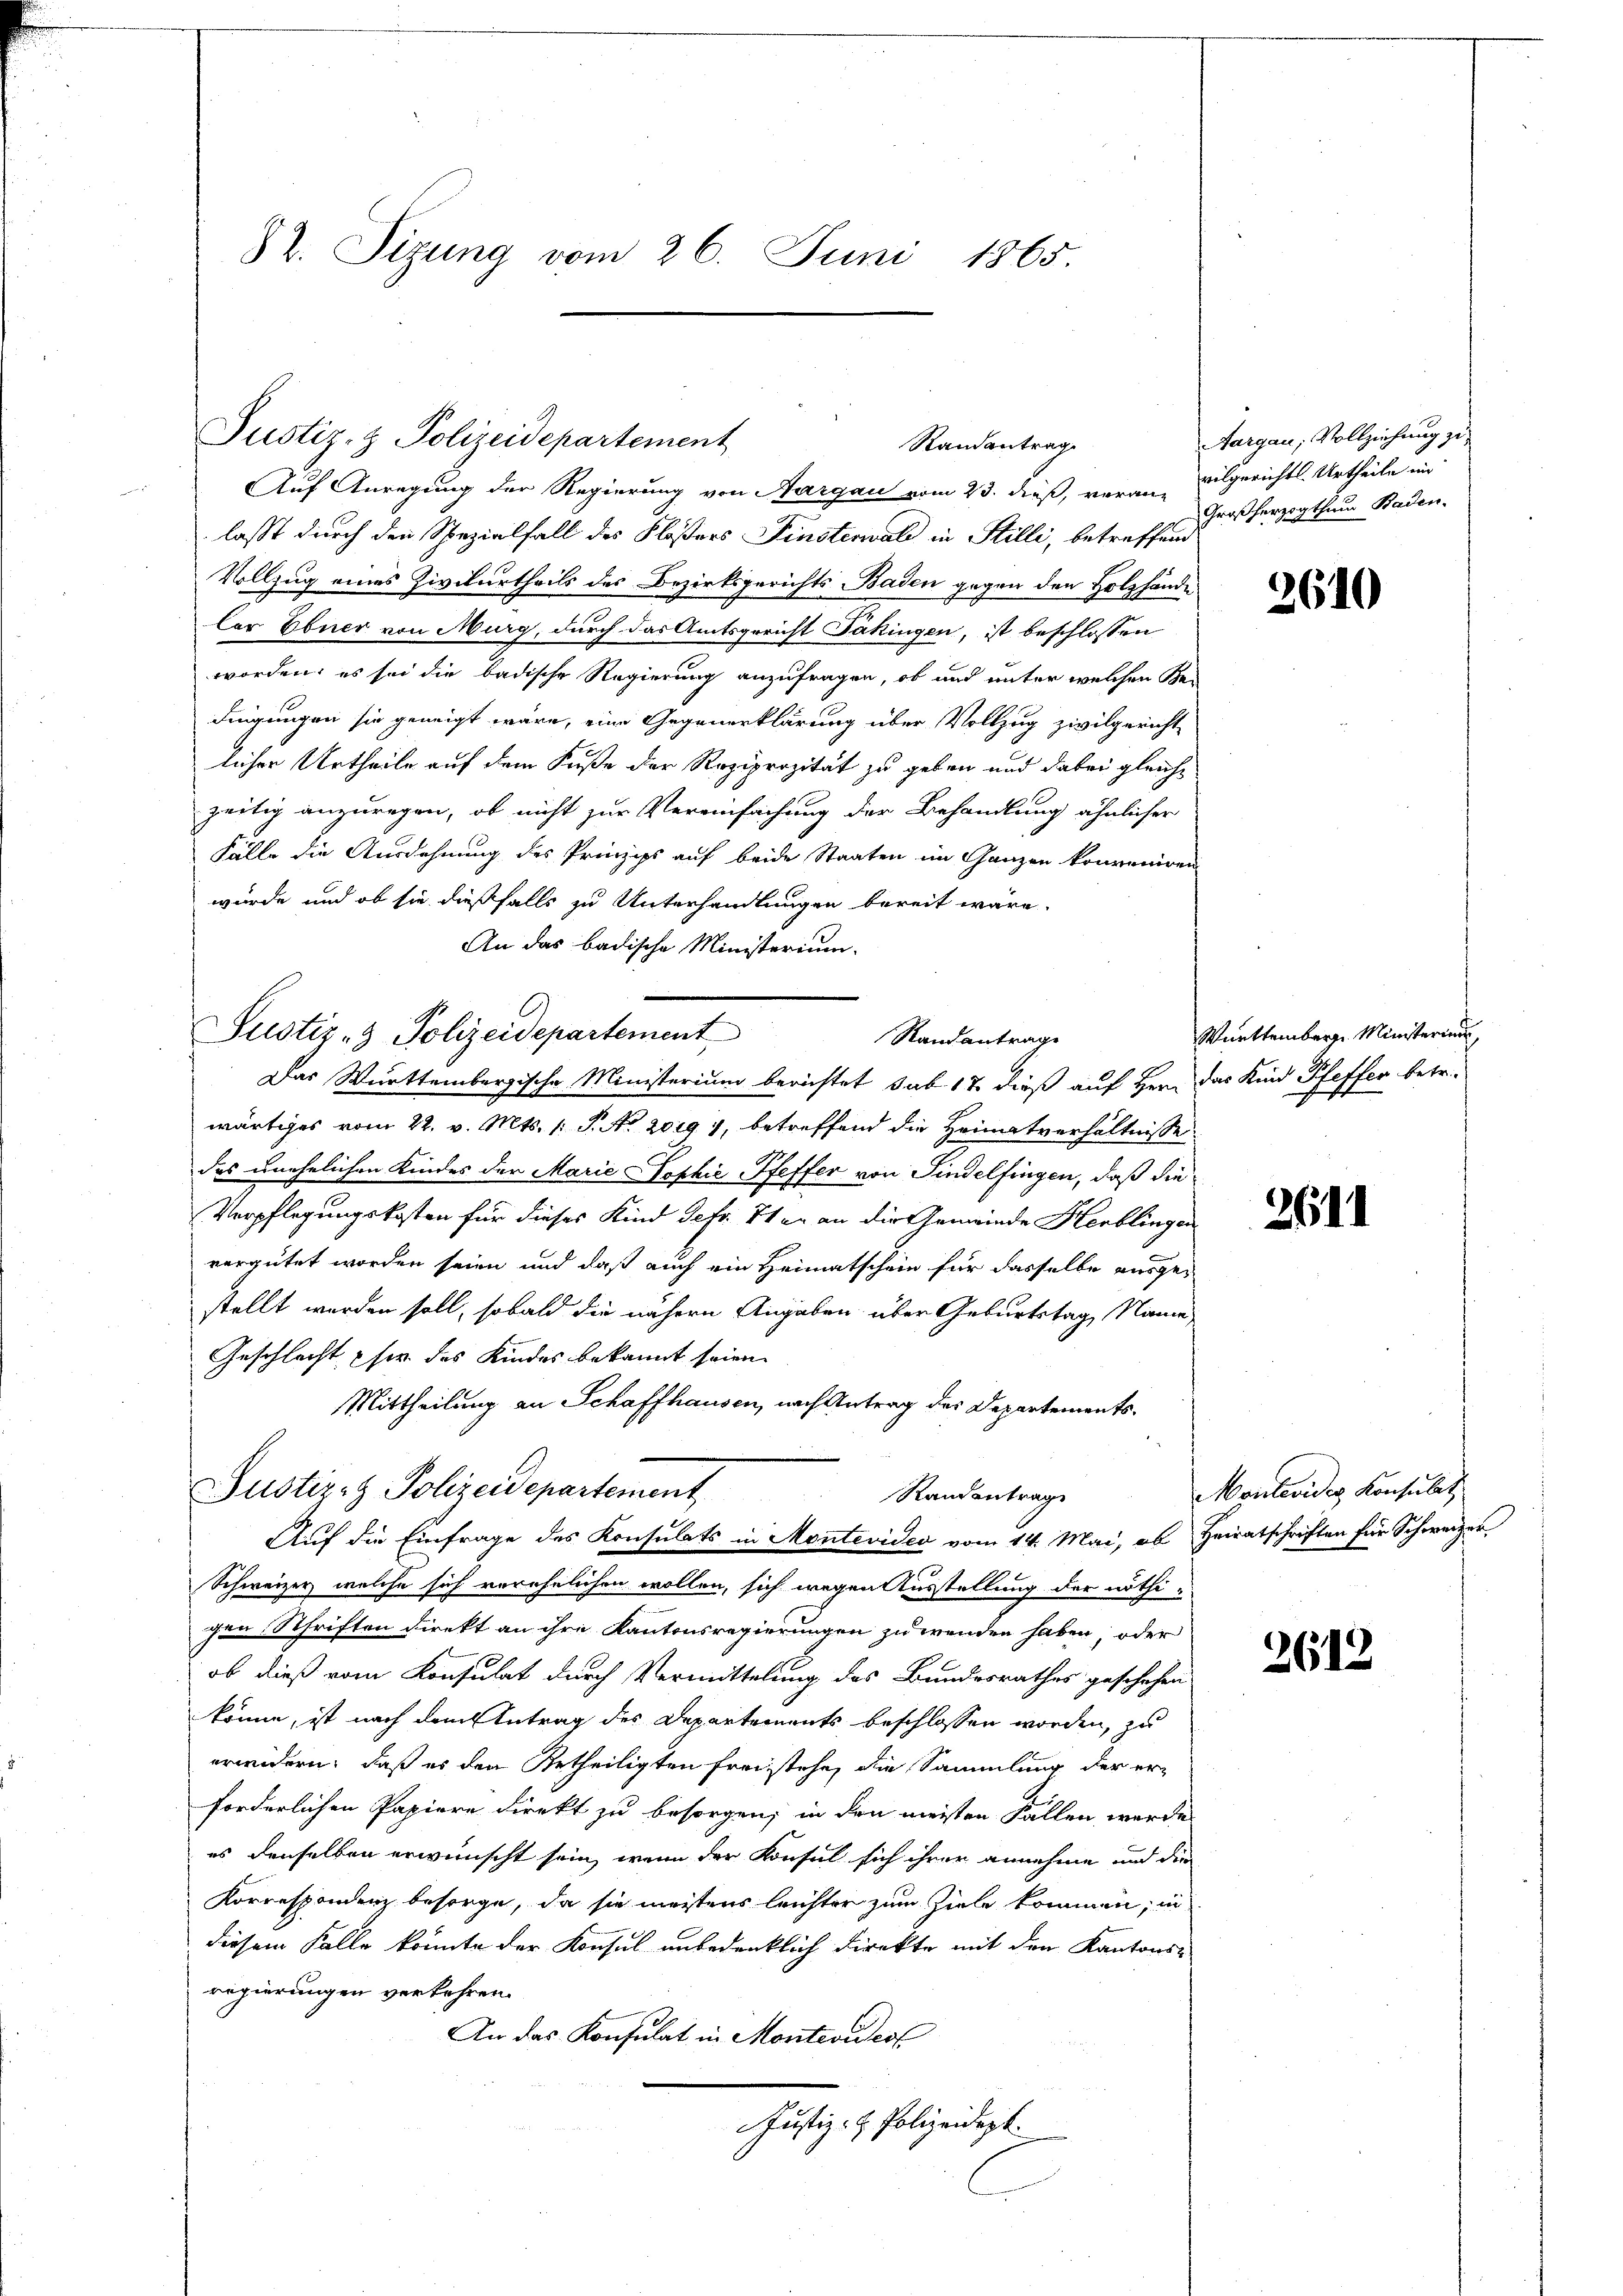
82. Sizung vom 26. Juni 1865

Auf Anregung der Regierung von Aargau vom 23. dieß, veran-vilgerichtl. Urtheile ein
lasst durch den Spezialfall des Klosters Finsternal in Stilli, betreffend
Vollzug eines Zivilurtheils des Bezirksgerichts Baden gegen den Holzhände¬
Der Ebner von Murg, durch das Amtsgericht Takingen, ist beschlossen
worden; es sei die badische Regierung anzufragen, ob und unter welchen Be-
dingungen sie geneigt wäre, eine Gegenerklärung über Vollzug zivilgericht
licher Urtheile auf dem Fuße der Reziprozität zu geben und dabei gleiche
zeitig anzuregen, ob nicht zur Vereinfachung der Behandlung ähnlicher
Fälle die Ausdehnung des Prinzips auf beide Staaten im Ganzen konveniren
würde und ob sie dießfalls zu Unterhandlungen bereit wäre.
An das badische Ministerium.
Randantrage
Das Württembergische Ministerium berichtet sub 12 dieß auf Hrn. Das Kind Pfeffer betr.
wärtiges vom 22. v. Mts. 1 S. No. 2019 7, betreffend die Heimatverhältnisse
des unehelichen Kindes der Marie Sophie Pfeffer von Findelfingen, daß die¬
Verpflegungskosten für dieses Kind Gefr. 41 er an die Gemeinde Herblingen
vergütet worden seien und daß auch ein Heimatschein für dasselbe ausgestellt werden soll, sobald die nähern Angaben über Geburtstag, Name
Geschlecht her des Kindes bekannt seien.
Mittheilung an Schaffhausen, nach Antrag des Departements¬
Justiz- & Polizeidepartement
Randantrag
Auf die Einfrage des Konsulats in Montevideo vom 14. Mai, ab Heiratschriften für Schweizer
Schweizer, welche sich verehelichen wollen, sich wegen Ausstellung der nöthigen Schriften direkt an ihre Kantonsregierungen zu wenden haben, oder
ob dieß vom Konsulat durch Vermittelung des Bundesrathes geschehen
könne, ist nach dem Antrag der Departements beschlossen worden, zu
erwidern, daß es den Urtheiligten freistehe, die Sammlung der erforderlichen Papiere direkt zu besorgen; in den meisten Fallen werde
es denselben erwünscht sein, wenn der Konsul sich ihrer annehme und die
Korrespondenz besorge, da sie meistens leichter zum Ziele kommen; in
diesem Falle könnte der Konsul unbedenklich Direkte mit den Kantons-
regierungen verkehren.
An das Konsulat in Montevideo
Justiz- & Polizeidept.

Justiz- & Polizeidepartement

Justiz- & Polizeidepartement

Randantrag

Aargau, Vollziehung zu
Großherzogthum Baden.

2610

Württemberg. Ministerium

2611

Montevides Konsulat

2612